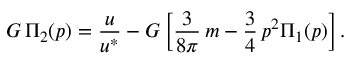
G \, \Pi _ { 2 } ( p ) = \frac { u } { u ^ { * } } - G \left[ \frac { 3 } { 8 \pi } \, m - \frac { 3 } { 4 } \, p ^ { 2 } \Pi _ { 1 } ( p ) \right] .